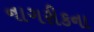
નાગરીકના